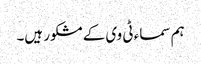
ہم سماء ٹی وی کے مشکور ہیں۔